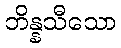
ဘိန္နသီသော